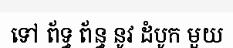
ទៅ ព័ទ្ធ ព័ន្ធ នូវ ដំបូក មួយ